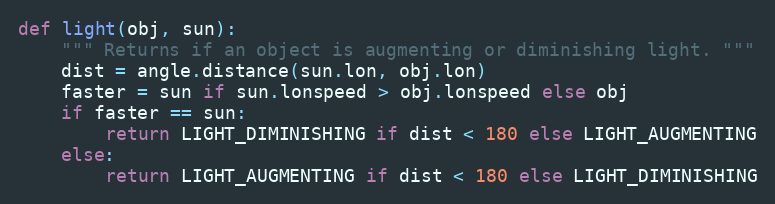
Language: Python
def light(obj, sun):
    """ Returns if an object is augmenting or diminishing light. """
    dist = angle.distance(sun.lon, obj.lon)
    faster = sun if sun.lonspeed > obj.lonspeed else obj
    if faster == sun:
        return LIGHT_DIMINISHING if dist < 180 else LIGHT_AUGMENTING
    else:
        return LIGHT_AUGMENTING if dist < 180 else LIGHT_DIMINISHING